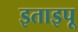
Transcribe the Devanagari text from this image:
इताइपू